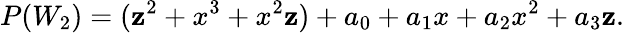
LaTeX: P(W_{2})=(\mathbf{z}^{2}+x^{3}+x^{2}\mathbf{z})+a_{0}+a_{1}x+a_{2}x^{2}+a_{3}\mathbf{z}.